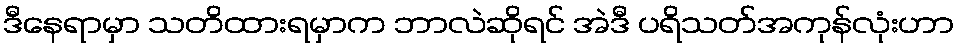
ဒီနေရာမှာ သတိထားရမှာက ဘာလဲဆိုရင် အဲဒီ ပရိသတ်အကုန်လုံးဟာ